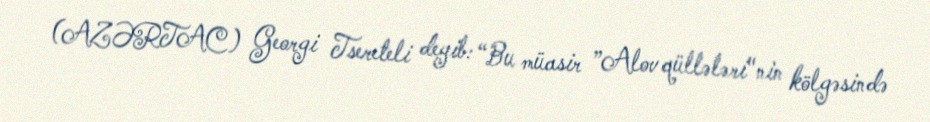
(AZƏRTAC) Georgi Tsereteli deyib: “Bu müasir ”Alov qüllələri"nin kölgəsində